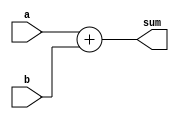

/*
	Project name: 
		Binary Adder to 7Segment Display
		
	Description:
		This is a parametrizable Nbit adder designed using the Verilog behavioural style.
		
		sum[N:0] = a[N-1:0] + b[N-1:0];
		
*/

module adder_nbit 
    // Parameters section
    #( parameter N = 3)
    // Ports section
    (input [N-1:0] a,
     input [N-1:0] b,
     output reg [N:0] sum);
    
    // Wildcard operator is best for the procedure's
    // sensitivity list (control list)
    always @(*) begin
       sum[N:0] = a[N-1:0] + b[N-1:0];
       //sum = a + b;
    end  
  
endmodule